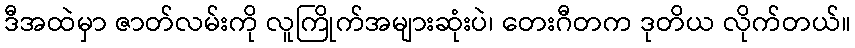
ဒီအထဲမှာ ဇာတ်လမ်းကို လူကြိုက်အများဆုံးပဲ၊ တေးဂီတက ဒုတိယ လိုက်တယ်။